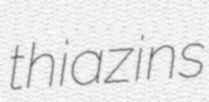
thiazins